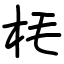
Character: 枆